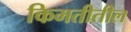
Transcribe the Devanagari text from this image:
किमतीतील